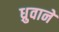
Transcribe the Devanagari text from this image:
ध्रुवाने